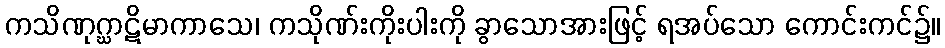
ကသိဏုဂ္ဃာဋိမာကာသေ၊ ကသိုဏ်းကိုးပါးကို ခွာသောအားဖြင့် ရအပ်သော ကောင်းကင်၌။